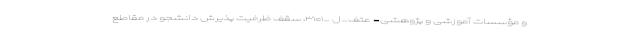
و مؤسسات آموزشی و پژوهشی- عتف_ل _۳۱۰۱، سقف ظرفیت پذیرش دانشجو در مقاطع